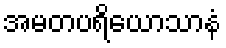
အမတပရိယောသာနံ